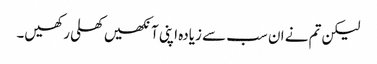
لیکن تم نے ان سب سے زیادہ اپنی آنکھیں کھلی رکھیں۔